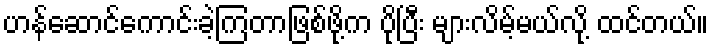
ဟန်ဆောင်ကောင်းခဲ့ကြတာဖြစ်ဖို့က ပိုပြီး များလိမ့်မယ်လို့ ထင်တယ်။